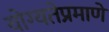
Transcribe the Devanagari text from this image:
योग्यतेप्रमाणे